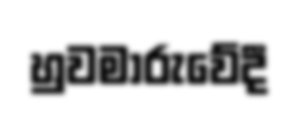
හුවමාරුවේදී